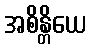
အစိန္တိယေ